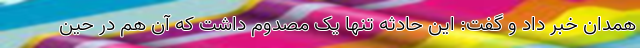
همدان خبر داد و گفت: این حادثه تنها یک مصدوم داشت که آن هم در حین